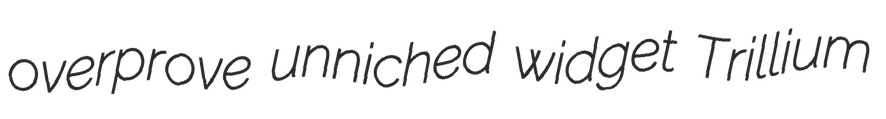
overprove unniched widget Trillium